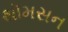
થૉમસન